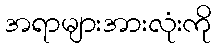
အရာများအားလုံးကို